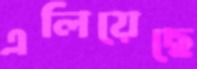
এলিয়েছে